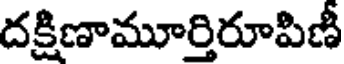
దక్షిణామూర్తిరూపిణీ